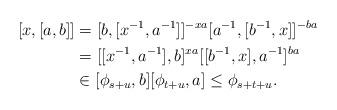
LaTeX: \begin{align*}[x,[a,b]] & = [b,[x^{-1},a^{-1}]]^{-xa} [a^{-1},[b^{-1},x]]^{-ba} \\& = [[x^{-1},a^{-1}],b]^{xa} [[b^{-1},x],a^{-1}]^{ba} \\& \in [\phi_{s+u},b] [\phi_{t+u},a] \leq \phi_{s+t+u}.\end{align*}